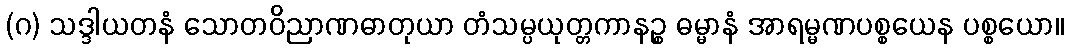
(ဂ) သဒ္ဒါယတနံ သောတဝိညာဏဓာတုယာ တံသမ္ပယုတ္တကာနဉ္စ ဓမ္မာနံ အာရမ္မဏပစ္စယေန ပစ္စယော။